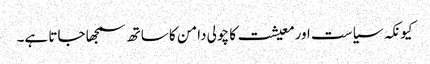
کیونکہ سیاست اورمعیشت کا چولی دامن کا ساتھ سمجھا جاتا ہے۔